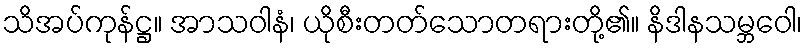
သိအပ်ကုန်ဋ္ဌ။ အာသဝါနံ၊ ယိုစီးတတ်သောတရားတို့၏။ နိဒါနသမ္ဘဝေါ၊